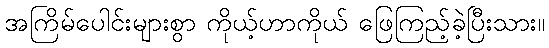
အကြိမ်ပေါင်းများစွာ ကိုယ့်ဟာကိုယ် ဖြေကြည့်ခဲ့ပြီးသား။